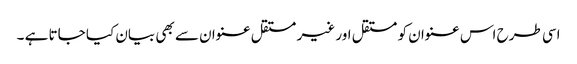
اسی طرح اس عنوان کو مستقل اور غیر مستقل عنوان سے بھی بیان کیا جاتا ہے ۔